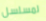
لمسلسل